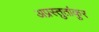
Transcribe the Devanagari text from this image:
अप्रस्तुतांकुर